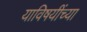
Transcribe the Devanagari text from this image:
याविषयींच्या